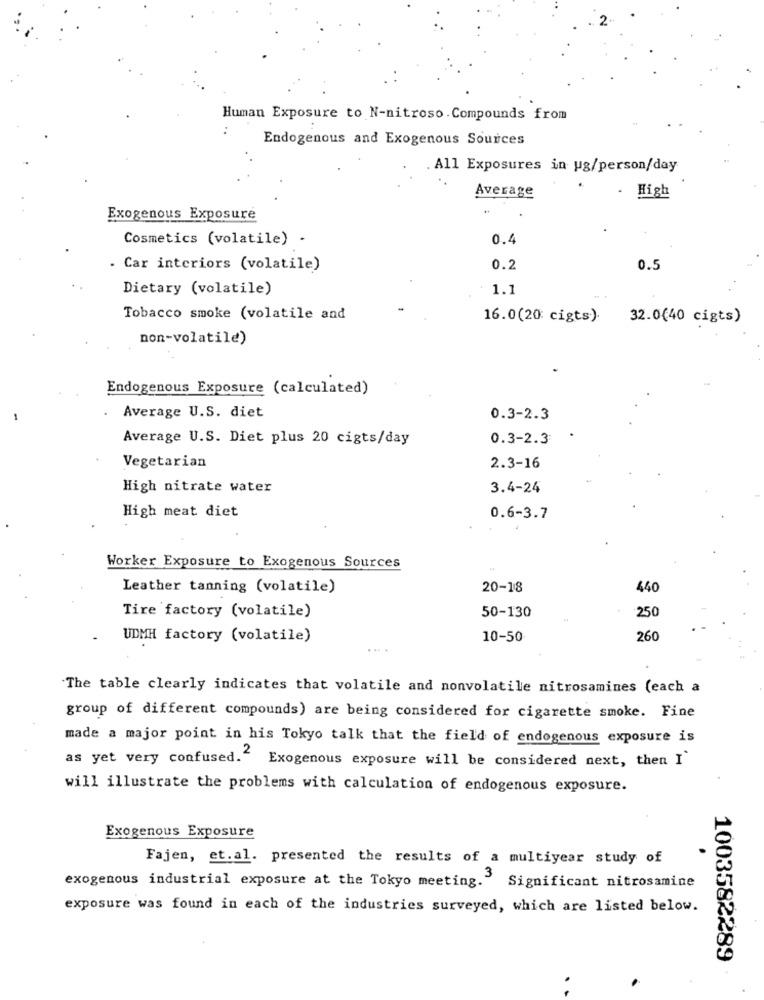
Human Exposure to N-nitroso. Compounds from
:
Endogenous and Exogenous Sources
. All Exposures in ug/person/day
Average
.
High
Exogenous Exposure
Cosmetics (volatile) .
0.4
. Car interiors (volatile)
0.2
0.5
Dietary (volatile)
1.1
Tobacco smoke (volatile and
16.0(20: cigts).
32.0(40 cigts)
non-volatile)
Endogenous Exposure (calculated)
.
Average U.S. diet
0.3-2.3
Average U.S. Diet plus 20 cigts/day
0.3-2.3
Vegetarian
2.3-16
High nitrate water
3.4-24
High meat diet
0.6-3.7
Worker Exposure to Exogenous Sources
Leather tanning (volatile)
20-18
440
Tire factory (volatile)
50-130
250
UDMH factory (volatile)
10-50
260
The table clearly indicates that volatile and nonvolatile nitrosamines (each a
group of different compounds) are being considered for cigarette smoke. Fine
made a major point in his Tokyo talk that the field of endogenous exposure is
as yet very confused." Exogenous exposure will be considered next, then I
will illustrate the problems with calculation of endogenous exposure.
Exogenous Exposure
Fajen, et.al. presented the results of a multiyear study of
exogenous industrial exposure at the Tokyo meeting." Significant nitrosamine
exposure was found in each of the industries surveyed, which are listed below.
1003582289